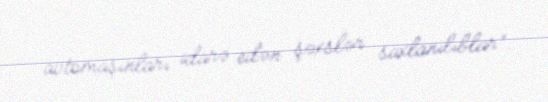
avtomaşınları idarə edən şəxslər saxlanılıblar”.